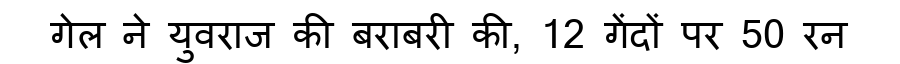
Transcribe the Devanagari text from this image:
गेल ने युवराज की बराबरी की, 12 गेंदों पर 50 रन